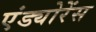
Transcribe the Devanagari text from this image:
एंड्योरेंस